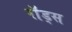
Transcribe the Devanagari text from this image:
राॅड्स